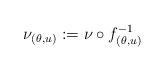
LaTeX: \begin{align*}\nu_{(\theta,u)}:=\nu\circ f_{(\theta,u)}^{-1}\end{align*}